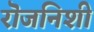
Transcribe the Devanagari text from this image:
रॊजनिशी